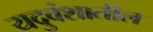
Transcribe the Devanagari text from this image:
यदुवंशातील